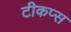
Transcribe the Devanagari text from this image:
टीकप्स